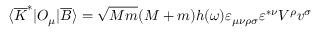
\langle \overline { { { K } } } ^ { \ast } | { \cal O } _ { \mu } | \overline { { { B } } } \rangle = \sqrt { M m } ( M + m ) h ( \omega ) \varepsilon _ { \mu \nu \rho \sigma } \varepsilon ^ { \ast \nu } V ^ { \rho } v ^ { \sigma }